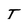
Character: T